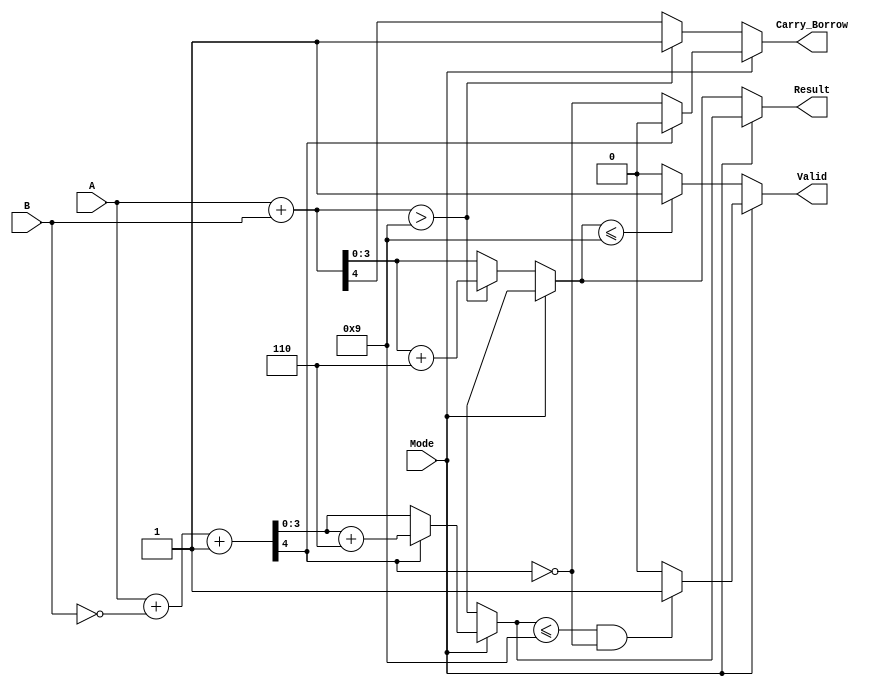
module BCD_Add_Subtracter (
    input wire [3:0] A,         // First BCD operand
    input wire [3:0] B,         // Second BCD operand
    input wire Mode,            // Mode selection: 0 for addition, 1 for subtraction
    output reg [3:0] Result,    // BCD result
    output reg Carry_Borrow,     // Carry/Borrow flag
    output reg Valid             // Valid BCD output flag
);

    wire [4:0] Sum;             // 5-bit sum for carry detection
    wire [4:0] Sub;             // 5-bit result for borrow detection
    reg [4:0] CorrectedResult;  // Result after correction
    
    // BCD Addition
    assign Sum = A + B;         // Calculate sum of A and B
    
    // BCD Subtraction (A - B)
    assign Sub = {1'b0, A} + {1'b0, ~B} + 1'b1; // A + (~B + 1) for two's complement

    always @(*) begin
        if (Mode == 1'b0) begin  // Addition case
            Result = Sum[3:0];   // Take lower 4 bits of sum
            Carry_Borrow = Sum[4]; // Set carry
            Valid = 1'b0;         // Assume invalid until proven otherwise
            
            // BCD correction logic for addition
            if (Sum > 4'd9) begin
                CorrectedResult = Sum + 5'd6; // Add correction factor
                Result = CorrectedResult[3:0]; // Update result
                Carry_Borrow = 1'b1; // Set carry
            end
            
            // Valid BCD check
            if (Result <= 4'd9) 
                Valid = 1'b1; // Set valid if result is in BCD range
            else 
                Valid = 1'b0; // Invalid otherwise
            
        end else begin             // Subtraction case
            Result = Sub[3:0];     // Take lower 4 bits of subtraction result
            Carry_Borrow = ~Sub[4]; // Set borrow flag, inverting carry signal
            
            // BCD correction logic for subtraction
            if (Sub[4] == 1'b1) begin // If result is negative
                CorrectedResult = Sub + 5'd6; // Add correction factor
                Result = CorrectedResult[3:0]; // Update result
                Carry_Borrow = 1'b0; // Clear borrow
            end
            
            // Valid BCD check
            if (Result <= 4'd9 && Sub[4] == 1'b0) 
                Valid = 1'b1; // Set valid if result is in BCD range
            else 
                Valid = 1'b0; // Invalid otherwise
        end
    end

endmodule